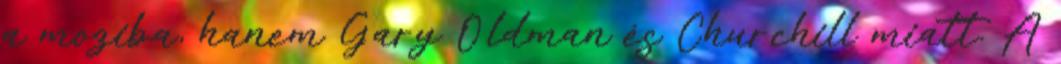
a moziba, hanem Gary Oldman és Churchill miatt. A